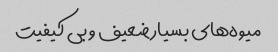
میوه‌های بسیار ضعیف و بی کیفیت